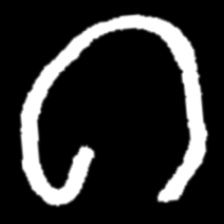
Pyu character \u2014 Myanmar letter: ဂ (romanized: ga)